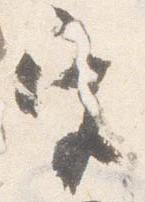
宮